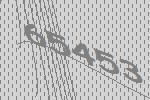
65453